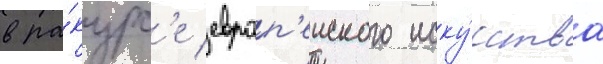
в ра́курс'е европ'еиского иску́сства